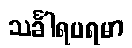
သင်္ခါရပရမာ